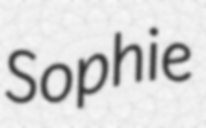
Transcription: Sophie